Report on vaccination North-West Frontier Province 1904-1922 - 1904-1922
Year: 1904
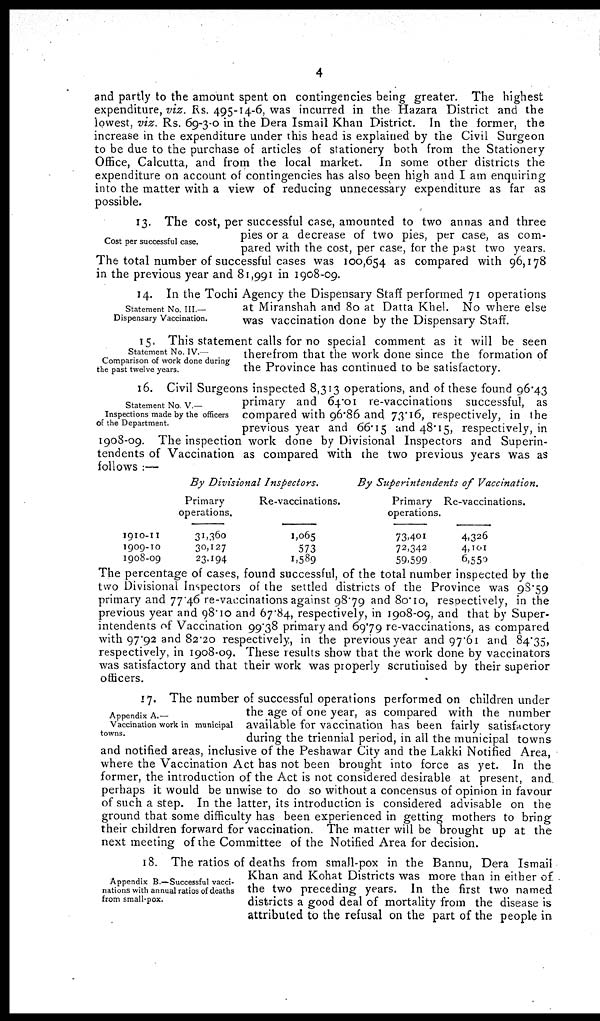
4
and partly to the amount spent on contingencies being greater. The highest
expenditure, viz. Rs. 495-14-6, was incurred in the Hazara District and the
lowest, viz. Rs. 69-3-0 in the Dera Ismail Khan District. In the former, the
increase in the expenditure under this head is explained by the Civil Surgeon
to be due to the purchase of articles of stationery both from the Stationery
Office, Calcutta, and from the local market. In some other districts the
expenditure on account of contingencies has also been high and I am enquiring
into the matter with a view of reducing unnecessary expenditure as far as
possible.
Cost per successful case.
13. The cost, per successful case, amounted to two annas and three
pies or a decrease of two pies, per case, as com-
pared with the cost, per case, for the past two years.
The total number of successful cases was 100,654 as compared with 96,178
in the previous year and 81,991 in 1908-09.
Statement No. III.—
Dispensary Vaccination.
14. In the Tochi Agency the Dispensary Staff performed 71 operations
at Miranshah and 80 at Datta Khel. No where else
was vaccination done by the Dispensary Staff.
Statement No. IV.—
Comparison of work done during
the past twelve years.
15. This statement calls for no special comment as it will be seen
therefrom that the work done since the formation of
the Province has continued to be satisfactory.
Statement No. V.—
Inspections made by the officers
of the Department.
16. Civil Surgeons inspected 8,313 operations, and of these found 96.43
primary and 64.01 re-vaccinations successful, as
compared with 96.86 and 73.16, respectively, in the
previous year and 66.15 and 48.15, respectively, in
1908-09. The inspection work done by Divisional Inspectors and Superin-
tendents of Vaccination as compared with the two previous years was as
follows :—
1910-11
1909-10
1908-09
By Divisional
Inspectors.
Primary
operations.
31,360
30,127
23,194
Re-vaccinations.
1,065
573
1,589
By Superintendents
of
Vaccination.
Primary
operations.
73,401
72,342
59,599
Re-vaccinations.
4,326
4,101
6,550
The percentage of cases, found successful, of the total number inspected by the
two Divisional Inspectors of the settled districts of the Province was 98.59
primary and 77.46 re-vaccinations against 98.79 and 80.10, respectively, in the
previous year and 98.10 and 67.84, respectively, in 1908-09, and that by Super-
intendents of Vaccination 99.38 primary and 69.79 re-vaccinations, as compared
with 97.92 and 82.20 respectively, in the previous year and 97.61 and 84.35,
respectively, in 1908-09. These results show that the work done by vaccinators
was satisfactory and that their work was properly scrutinised by their superior
officers.
Appendix A.—
Vaccination work in municipal
towns.
17. The number of successful operations performed on children under
the age of one year, as compared with the number
available for vaccination has been fairly satisfactory
during the triennial period, in all the municipal towns
and notified areas, inclusive of the Peshawar City and the Lakki Notified Area,
where the Vaccination Act has not been brought into force as yet. In the
former, the introduction of the Act is not considered desirable at present, and
perhaps it would be unwise to do so without a concensus of opinion in favour
of such a step. In the latter, its introduction is considered advisable on the
ground that some difficulty has been experienced in getting mothers to bring
their children forward for vaccination. The matter will be brought up at the
next meeting of the Committee of the Notified Area for decision.
Appendix B.—Successful vacci-
nations with annual ratios of deaths
from small-pox.
18. The ratios of deaths from small-pox in the Bannu, Dera Ismail
Khan and Kohat Districts was more than in either of
the two preceding years. In the first two named
districts a good deal of mortality from the disease is
attributed to the refusal on the part of the people in